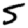
Digit: 5